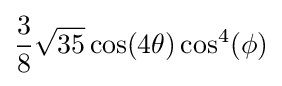
{\frac {3}{8}}{\sqrt {35}}\cos(4\theta )\cos ^{4}(\phi )